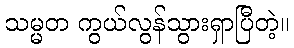
သမ္မတ ကွယ်လွန်သွားရှာပြီတဲ့။